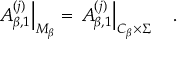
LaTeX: \left. A _ { \beta , 1 } ^ { ( j ) } \right| _ { { \cal M } _ { \beta } } = \left. A _ { \beta , 1 } ^ { ( j ) } \right| _ { { \cal C } _ { \beta } \times \Sigma } ~ ~ ~ .